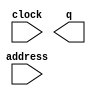
module altera_sprom (
	address,
	clock,
	q);

	input	[10:0]  address;
	input	  clock;
	output	[31:0]  q;
`ifndef ALTERA_RESERVED_QIS
// synopsys translate_off
`endif
	tri1	  clock;
`ifndef ALTERA_RESERVED_QIS
// synopsys translate_on
`endif

endmodule